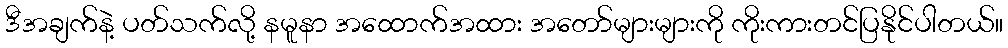
ဒီအချက်နဲ့ ပတ်သက်လို့ နမူနာ အထောက်အထား အတော်များများကို ကိုးကားတင်ပြနိုင်ပါတယ်။